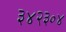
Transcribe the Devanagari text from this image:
३४२३०४